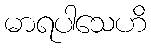
မာရပါသေဟိ